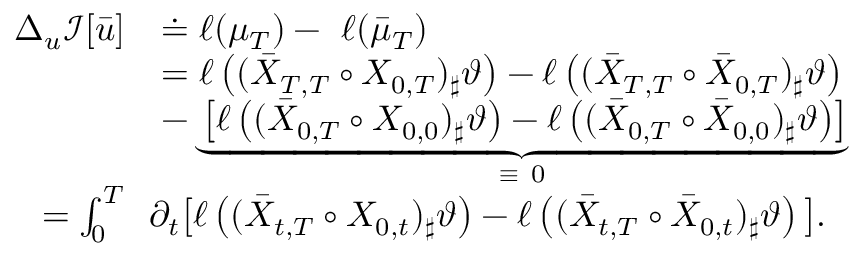
\begin{array} { r l } { \Delta _ { u } \mathcal I [ \bar { u } ] } & { \doteq \ell ( \mu _ { T } ) - \ \ell ( \bar { \mu } _ { T } ) } \\ & { = \ell \left( ( \bar { X } _ { T , T } \circ X _ { 0 , T } ) _ { \sharp } \vartheta \right) - \ell \left( ( \bar { X } _ { T , T } \circ \bar { X } _ { 0 , T } ) _ { \sharp } \vartheta \right) } \\ & { - \underbrace { \left[ \ell \left( ( \bar { X } _ { 0 , T } \circ X _ { 0 , 0 } ) _ { \sharp } \vartheta \right) - \ell \left( ( \bar { X } _ { 0 , T } \circ \bar { X } _ { 0 , 0 } ) _ { \sharp } \vartheta \right) \right] } _ { \mathrm { ~ \equiv ~ 0 ~ } } } \\ { = \int _ { 0 } ^ { T } } & { \! \! \partial _ { t } \big [ \ell \left( ( \bar { X } _ { t , T } \circ X _ { 0 , t } ) _ { \sharp } \vartheta \right) - \ell \left( ( \bar { X } _ { t , T } \circ \bar { X } _ { 0 , t } ) _ { \sharp } \vartheta \right) \big ] \d t . } \end{array}